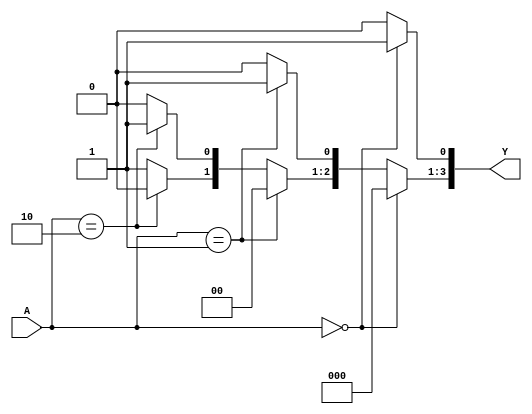
`timescale 1ns / 1ps
//////////////////////////////////////////////////////////////////////////////////
// Company: 
// Engineer: 
// 
// Design Name: 
// Module Name:    Decoder_2to4 
// Project Name: 
// Target Devices: 
// Tool versions: 
// Description: 
//
// Dependencies: 
//
// Revision: 
// Revision 0.01 - File Created
// Additional Comments: 
//
//////////////////////////////////////////////////////////////////////////////////
module Decoder_2to4(A,Y);
	input [1:0]A;
	output reg [3:0]Y;
	always@(A)
	begin
		Y=4'b0000;
		if(A==2'b00)
			Y[0]=1;
		else if(A==2'b01)
			Y[1]=1;
		else if(A==2'b10)
			Y[2]=1;
		else 
			Y[3]=1;
	end
endmodule